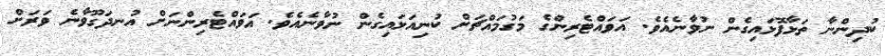
ކުދިންނާ ތަޅާފޮޅައިގެން ނުވާނެއެވެ. އަވައްޓެރިންގެ މަގުމައްޗަށް ކުނިއަޅައިގެން ނުވާނެއެވެ. އަވައްޓެރިންނަށް އުނދަގޫވާނެ ވަރަށް